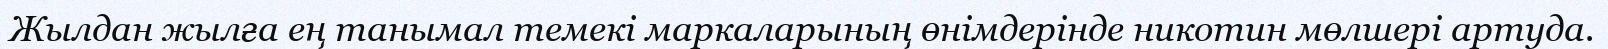
Жылдан жылға ең танымал темекі маркаларының өнімдерінде никотин мөлшері артуда.